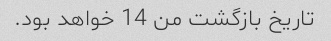
تاریخ بازگشت من 14 خواهد بود.